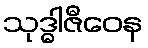
သုဒ္ဓါဇီဝေန